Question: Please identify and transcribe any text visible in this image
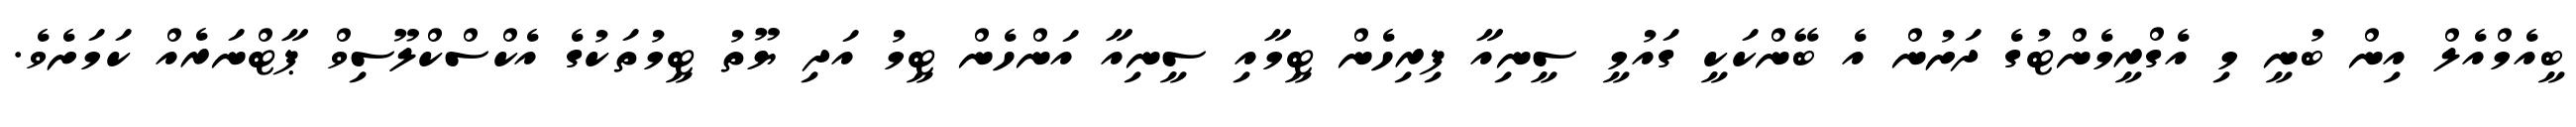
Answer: ބީއެމްއެލް އިން ބުނީ މި އެގްރީމެންޓުގެ ދަށުން އެ ބޭންކަކީ ގައުމީ ސީނިއާ ފިރިހެން ޓީމާއި ސީނިއާ އަންހެން ޓީމު އަދި ޔޫތު ޓީމުތަކުގެ އެކްސްކްލޫސިވް ޕާޓްނަރެއް ކަމަށެވެ.